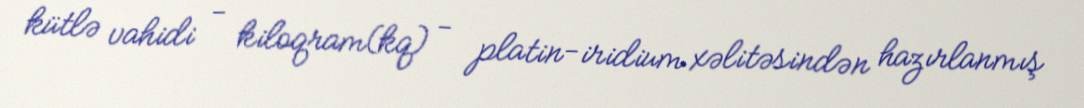
kütlə vahidi - kiloqram(kq) - platin-iridium xəlitəsindən hazırlanmış